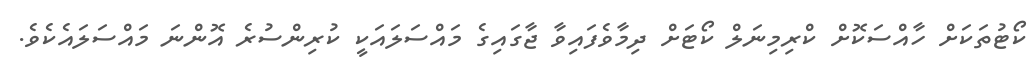
ކޯޓުތަކަށް ހާއްސަކޮށް ކްރިމިނަލް ކޯޓަށް ދިމާވެފައިވާ ޖާގައިގެ މައްސަލައަކީ ކުރިންސުރެ އޮންނަ މައްސަލައެކެވެ.